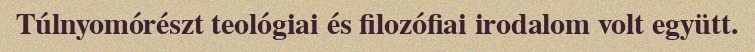
Túlnyomórészt teológiai és filozófiai irodalom volt együtt.